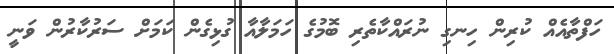
ހަފްތާއެއް ކުރިން ހިނގި ނުރައްކާތެރި ބޮމުގެ ހަމަލާއާ ގުޅިގެން ކަމަށް ސަރުކާރުން ވަނީ